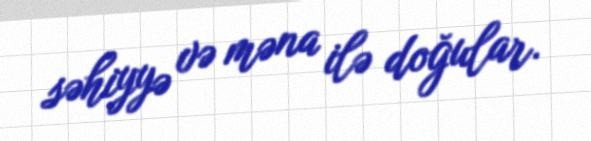
səhiyyə və məna ilə doğular.